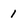
Character: 1